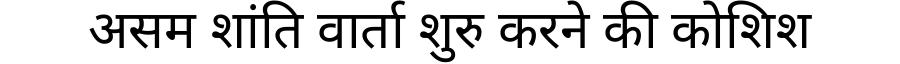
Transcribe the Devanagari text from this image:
असम शांति वार्ता शुरु करने की कोशिश